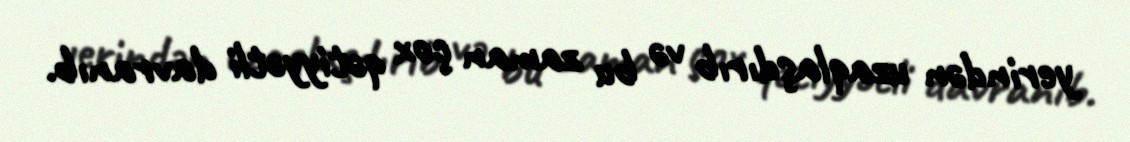
yerindən uzaqlaşdırıb və bu zaman çox qətiyyətli davranıb.